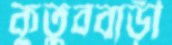
কুতুববাড়ী